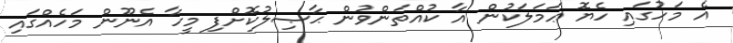
އެ މަހުގައި ހެޔޮ ޢަމަލަކުން އާ ކުއްތަންވުން ޙާޞިލުކޮށްފި މީހާ އެނޫން މަހެއްގައި